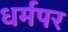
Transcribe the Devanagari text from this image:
धर्मपर